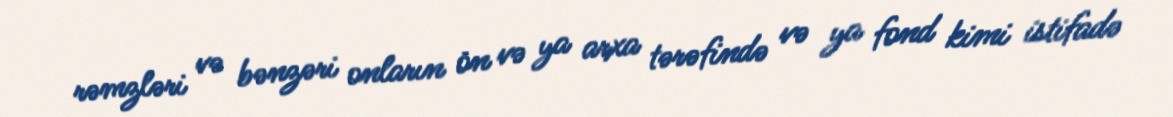
rəmzləri və bənzəri onların ön və ya arxa tərəfində və ya fond kimi istifadə